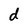
Character: d